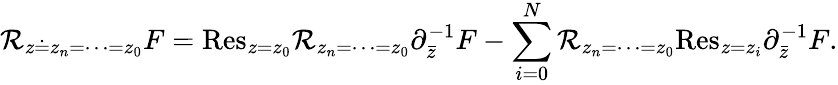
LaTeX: {\cal R}_{z\doteq z_{n}=\cdots=z_{0}}F=\mathrm{Res}_{z=z_{0}}{\cal R}_{z_{n}=\cdots=z_{0}}\partial_{\bar{z}}^{-1}F-\sum_{i=0}^{N}{\cal R}_{z_{n}=\cdots=z_{0}}\mathrm{Res}_{z=z_{i}}\partial_{\bar{z}}^{-1}F.